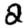
Digit: 2